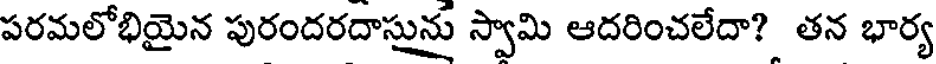
పరమలోభియైన పురందరదాసును స్వామి ఆదరించలేదా? తన భార్య